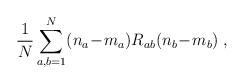
LaTeX: \begin{align*}\frac{1}{N} \sum_{a,b=1}^N(n_a\!-\!m_a)R_{ab}(n_b\!-\!m_b) \; ,\end{align*}